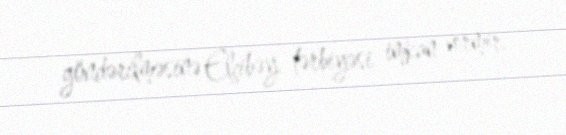
göndərilməsinə Elçibəy tərbiyəsi imkan vermir.